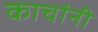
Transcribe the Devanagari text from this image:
काचांनी